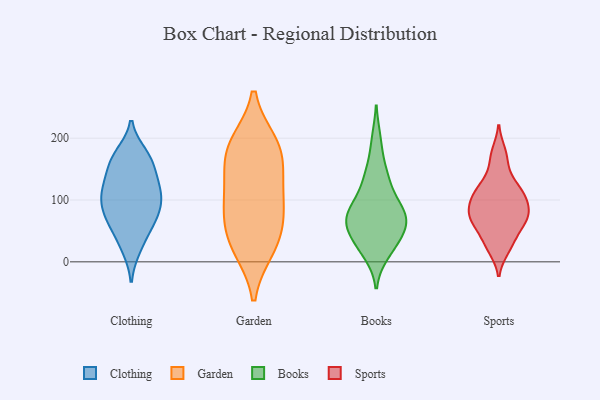
{"axis": {"x": "Net Income (USD K)", "y": "Value"}, "legend": ["Books", "Clothing", "Garden", "Sports"], "data": [{"x": "", "y": 101, "type": "Clothing"}, {"x": "", "y": 164, "type": "Clothing"}, {"x": "", "y": 82, "type": "Clothing"}, {"x": "", "y": 22, "type": "Clothing"}, {"x": "", "y": 112, "type": "Clothing"}, {"x": "", "y": 107, "type": "Clothing"}, {"x": "", "y": 172, "type": "Clothing"}, {"x": "", "y": 127, "type": "Clothing"}, {"x": "", "y": 174, "type": "Clothing"}, {"x": "", "y": 65, "type": "Clothing"}, {"x": "", "y": 84, "type": "Clothing"}, {"x": "", "y": 125, "type": "Clothing"}, {"x": "", "y": 106, "type": "Clothing"}, {"x": "", "y": 157, "type": "Clothing"}, {"x": "", "y": 59, "type": "Clothing"}, {"x": "", "y": 26, "type": "Clothing"}, {"x": "", "y": 129, "type": "Clothing"}, {"x": "", "y": 162, "type": "Clothing"}, {"x": "", "y": 58, "type": "Clothing"}, {"x": "", "y": 78, "type": "Clothing"}, {"x": "", "y": 22, "type": "Garden"}, {"x": "", "y": 179, "type": "Garden"}, {"x": "", "y": 190, "type": "Garden"}, {"x": "", "y": 84, "type": "Garden"}, {"x": "", "y": 127, "type": "Garden"}, {"x": "", "y": 160, "type": "Garden"}, {"x": "", "y": 45, "type": "Garden"}, {"x": "", "y": 191, "type": "Garden"}, {"x": "", "y": 78, "type": "Garden"}, {"x": "", "y": 25, "type": "Garden"}, {"x": "", "y": 107, "type": "Garden"}, {"x": "", "y": 76, "type": "Books"}, {"x": "", "y": 117, "type": "Books"}, {"x": "", "y": 196, "type": "Books"}, {"x": "", "y": 134, "type": "Books"}, {"x": "", "y": 45, "type": "Books"}, {"x": "", "y": 54, "type": "Books"}, {"x": "", "y": 70, "type": "Books"}, {"x": "", "y": 68, "type": "Books"}, {"x": "", "y": 148, "type": "Books"}, {"x": "", "y": 87, "type": "Books"}, {"x": "", "y": 69, "type": "Books"}, {"x": "", "y": 86, "type": "Books"}, {"x": "", "y": 33, "type": "Books"}, {"x": "", "y": 23, "type": "Books"}, {"x": "", "y": 14, "type": "Books"}, {"x": "", "y": 106, "type": "Sports"}, {"x": "", "y": 64, "type": "Sports"}, {"x": "", "y": 60, "type": "Sports"}, {"x": "", "y": 98, "type": "Sports"}, {"x": "", "y": 36, "type": "Sports"}, {"x": "", "y": 21, "type": "Sports"}, {"x": "", "y": 26, "type": "Sports"}, {"x": "", "y": 114, "type": "Sports"}, {"x": "", "y": 88, "type": "Sports"}, {"x": "", "y": 72, "type": "Sports"}, {"x": "", "y": 108, "type": "Sports"}, {"x": "", "y": 80, "type": "Sports"}, {"x": "", "y": 166, "type": "Sports"}, {"x": "", "y": 66, "type": "Sports"}, {"x": "", "y": 121, "type": "Sports"}, {"x": "", "y": 134, "type": "Sports"}, {"x": "", "y": 177, "type": "Sports"}, {"x": "", "y": 76, "type": "Sports"}]}